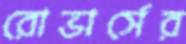
রোভার্সের